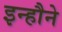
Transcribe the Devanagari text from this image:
इन्हौने